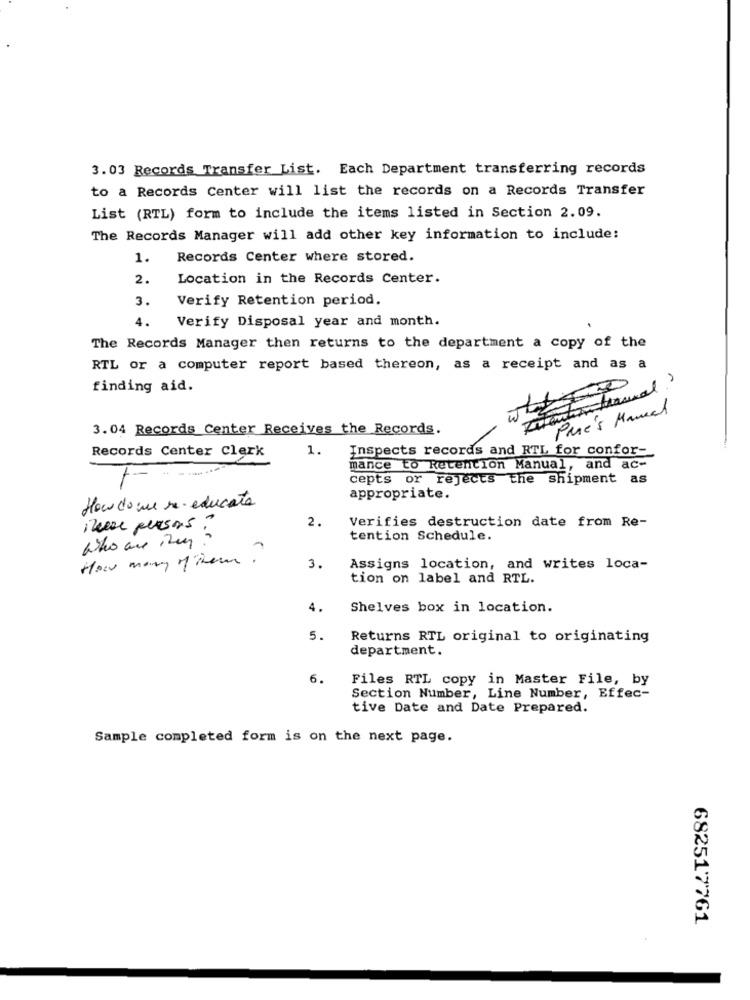
3.03 Records Transfer List. Each Department transferring records
to a Records Center will list the records on a Records Transfer
List (RTL) form to include the items listed in Section 2.09.
The Records Manager will add other key information to include:
1.
Records Center where stored.
2.
Location in the Records Center.
3.
Verify Retention period.
4.
Verify Disposal year and month.
The Records Manager then returns to the department a copy of the
RTL or a computer report based thereon, as a receipt and as a
finding aid.
-
Porque's Manuel
3.04 Records Center Receives the Records.
Records Center Clerk
1.
Inspects records and RTL for confor-
mance to Retention Manual, and ac-
cepts or rejects the shipment as
appropriate.
How do we m. educate
2.
Verifies destruction date from Re-
These persons"
who are in?
tention Schedule.
How many of them.
3.
Assigns location, and writes loca-
tion on label and RTL.
4.
Shelves box in location.
5.
Returns RTL original to originating
department.
6.
Files RTL copy in Master File, by
Section Number, Line Number, Effec-
tive Date and Date Prepared.
Sample completed form is on the next page.
682517761